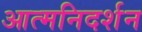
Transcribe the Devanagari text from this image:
आत्मनिदर्शन